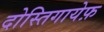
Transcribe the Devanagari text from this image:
दोस्तिगायेफ़